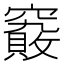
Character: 𰩞